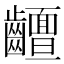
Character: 𱌧